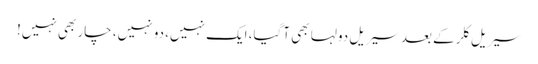
سیریل کلر کے بعد سیریل دولہا بھی آگیا، ایک نہیں، دو نہیں، چار بھی نہیں!